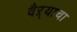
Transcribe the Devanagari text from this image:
वैऱ्याचा